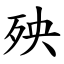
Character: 殃